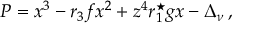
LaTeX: P = x ^ { 3 } - r _ { 3 } f x ^ { 2 } + z ^ { 4 } r _ { 1 } ^ { \star } g x - \Delta _ { \nu } \, ,